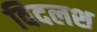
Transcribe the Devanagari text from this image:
विदलश